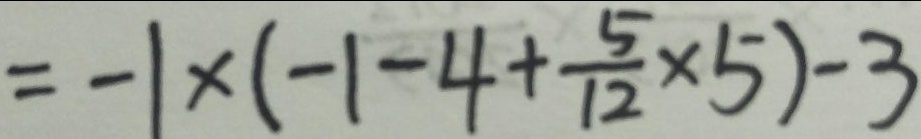
= - 1 \times ( - 1 - 4 + \frac { 5 } { 1 2 } \times 5 ) - 3